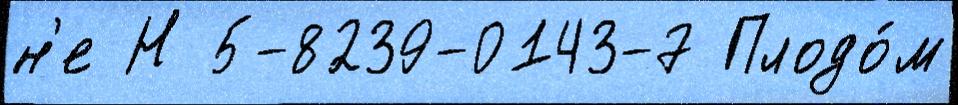
н'е Н 5-8239-0143-7 Плодо́м